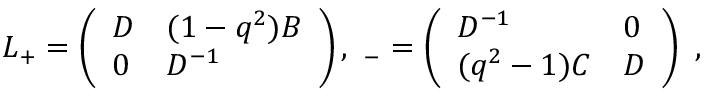
L _ { + } = \left( \begin{array} { l l } { { D } } & { { ( 1 - q ^ { 2 } ) B } } \\ { { 0 } } & { { D ^ { - 1 } } } \end{array} \right) , \ \L _ { - } = \left( \begin{array} { l l } { { D ^ { - 1 } } } & { { 0 } } \\ { { ( q ^ { 2 } - 1 ) C } } & { { D } } \end{array} \right) \ ,